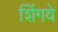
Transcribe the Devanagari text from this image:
शिंगवे